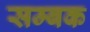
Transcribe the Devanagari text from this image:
सम्बक